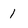
Character: 1